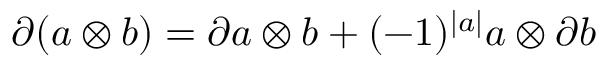
\partial ( a \otimes b ) = \partial a \otimes b + ( - 1 ) ^ { \left| a \right| } a \otimes \partial b